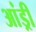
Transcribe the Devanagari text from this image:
आंड्री